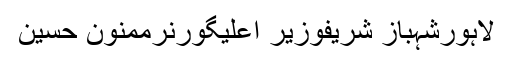
لاہورشہباز شریفوزیر اعلیٰگورنرممنون حسین